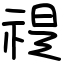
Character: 禔